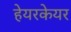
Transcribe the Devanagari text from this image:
हेयरकेयर